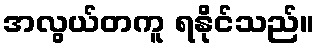
အလွယ်တကူ ရနိုင်သည်။